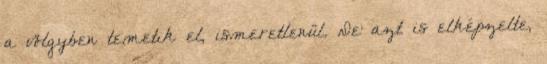
a völgyben temetik el, ismeretlenül. De azt is elképzelte,